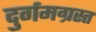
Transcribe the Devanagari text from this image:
दुर्गमग्रस्त